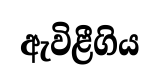
ඇවිළීගිය